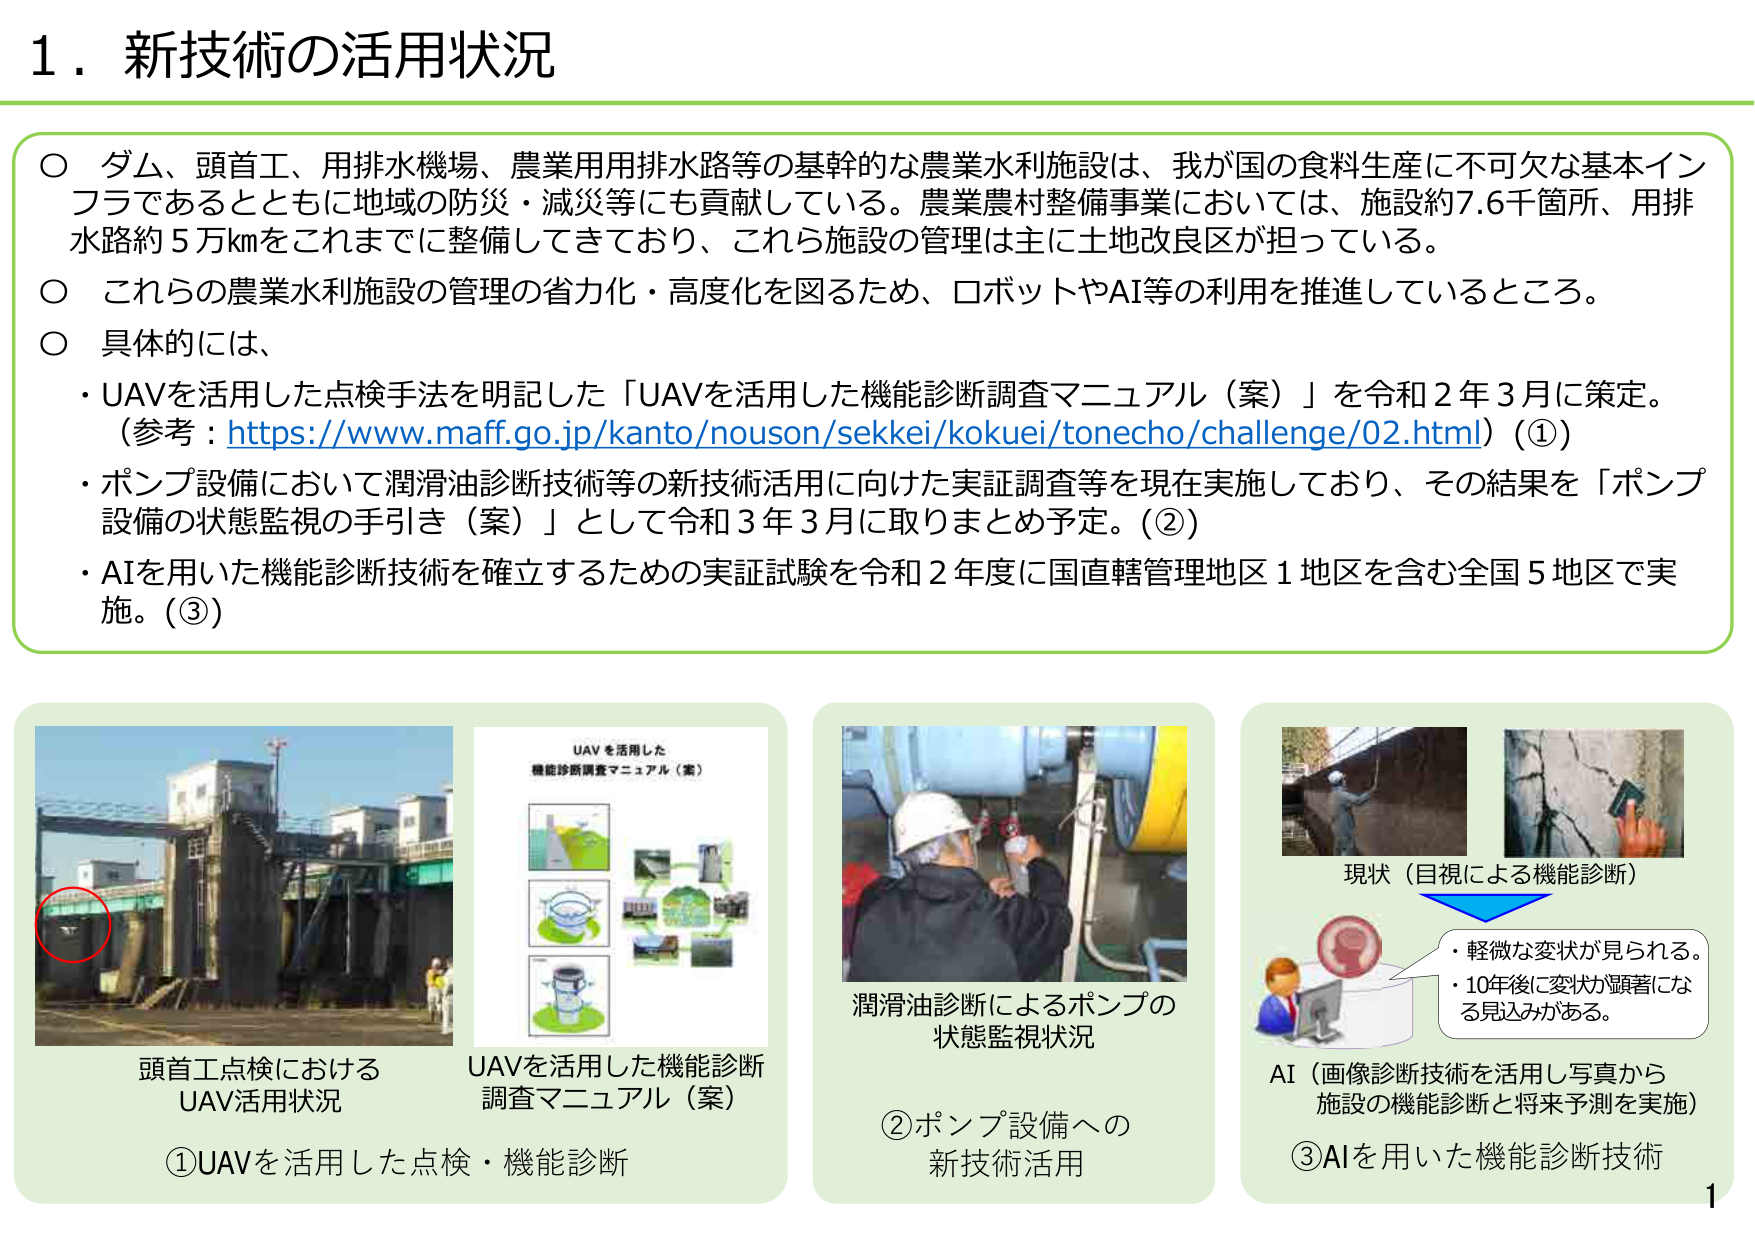
1. 新技術の活用状況

○ ダム、頭首工、用排水機場、農業用用排水路等の基幹的な農業水利施設は、我が国の食料生産に不可欠な基本インフラであるとともに地域の防災・減災等にも貢献している。農業農村整備事業においては、施設約7.6千箇所、用排水路約5万kmをこれまでに整備してきており、これら施設の管理は主に土地改良区が担っている。

○ これらの農業水利施設の管理の省力化・高度化を図るため、ロボットやAI等の利用を推進しているところ。

○ 具体的には、
・ UAVを活用した点検手法を明記した「UAVを活用した機能診断調査マニュアル（案）」を令和2年3月に策定。
（参考：https://www.maff.go.jp/kanto/nouson/sekkei/kokuei/tonecho/challenge/02.html）(①)
・ ポンプ設備において潤滑油診断技術等の新技術活用に向けた実証調査等を現在実施しており、その結果を「ポンプ設備の状態監視の手引き（案）」として令和3年3月に取りまとめ予定。(②)
・ AIを用いた機能診断技術を確立するための実証試験を令和2年度に国直轄管理地区1地区を含む全国5地区で実施。(③)

頭首工点検における
UAV活用状況

UAVを活用した機能診断
調査マニュアル（案）

①UAVを活用した点検・機能診断

潤滑油診断によるポンプの
状態監視状況

②ポンプ設備への
新技術活用

現状（目視による機能診断）
・ 軽微な変状が見られる。
・ 10年後に変状が顕著になる見込みがある。

AI（画像診断技術を活用し写真から
施設の機能診断と将来予測を実施）

③AIを用いた機能診断技術

1